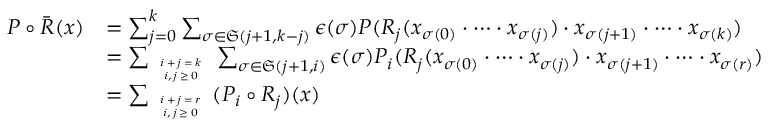
\begin{array} { r l } { P \circ \Bar { R } ( x ) } & { = \sum _ { j = 0 } ^ { k } \sum _ { \sigma \in \mathfrak { S } ( j + 1 , k - j ) } \epsilon ( \sigma ) P ( R _ { j } ( x _ { \sigma ( 0 ) } \cdot \cdots \cdot x _ { \sigma ( j ) } ) \cdot x _ { \sigma ( j + 1 ) } \cdot \cdots \cdot x _ { \sigma ( k ) } ) } \\ & { = \sum _ { \tiny { \begin{array} { c } { i + j = k } \\ { i , j \geq 0 } \end{array} } } \sum _ { \sigma \in \mathfrak { S } ( j + 1 , i ) } \epsilon ( \sigma ) P _ { i } ( R _ { j } ( x _ { \sigma ( 0 ) } \cdot \cdots \cdot x _ { \sigma ( j ) } ) \cdot x _ { \sigma ( j + 1 ) } \cdot \cdots \cdot x _ { \sigma ( r ) } ) } \\ & { = \sum _ { \tiny { \begin{array} { c } { i + j = r } \\ { i , j \geq 0 } \end{array} } } ( P _ { i } \circ R _ { j } ) ( x ) } \end{array}